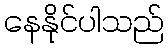
နေနိုင်ပါသည်